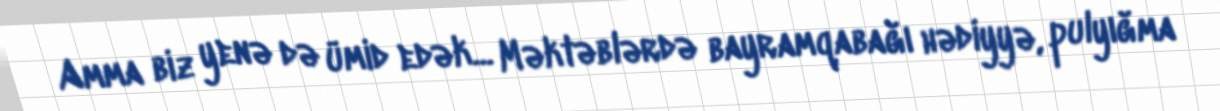
Amma biz yenə də ümid edək... Məktəblərdə bayramqabağı hədiyyə, pulyığma